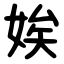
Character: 娭